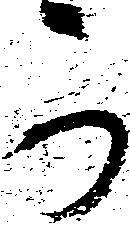
可